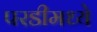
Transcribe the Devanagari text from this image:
परडीमध्ये